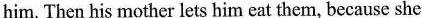
him. Then his mother lets him eat them, because she